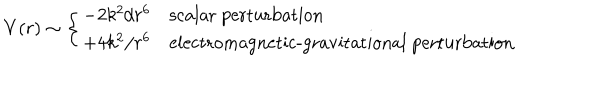
LaTeX: V ( r ) \sim \left\{ \begin{array} { c l } { { - 2 k ^ { 2 } / r ^ { 6 } } } & { { \textrm { s c a l a r p e r t u r b a t i o n } } } \\ { { + 4 k ^ { 2 } / r ^ { 6 } } } & { { \textrm { e l e c t r o m a g n e t i c - g r a v i t a t i o n a l p e r t u r b a t i o n } } } \\ \end{array} \right.